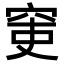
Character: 𥥥